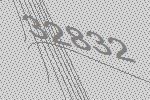
32832